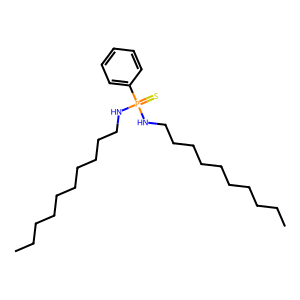
SMILES: CCCCCCCCCCNP(=S)(NCCCCCCCCCC)c1ccccc1
Inhibits HIV replication: No